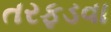
તરફડવા